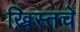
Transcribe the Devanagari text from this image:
ख्रिस्तचे